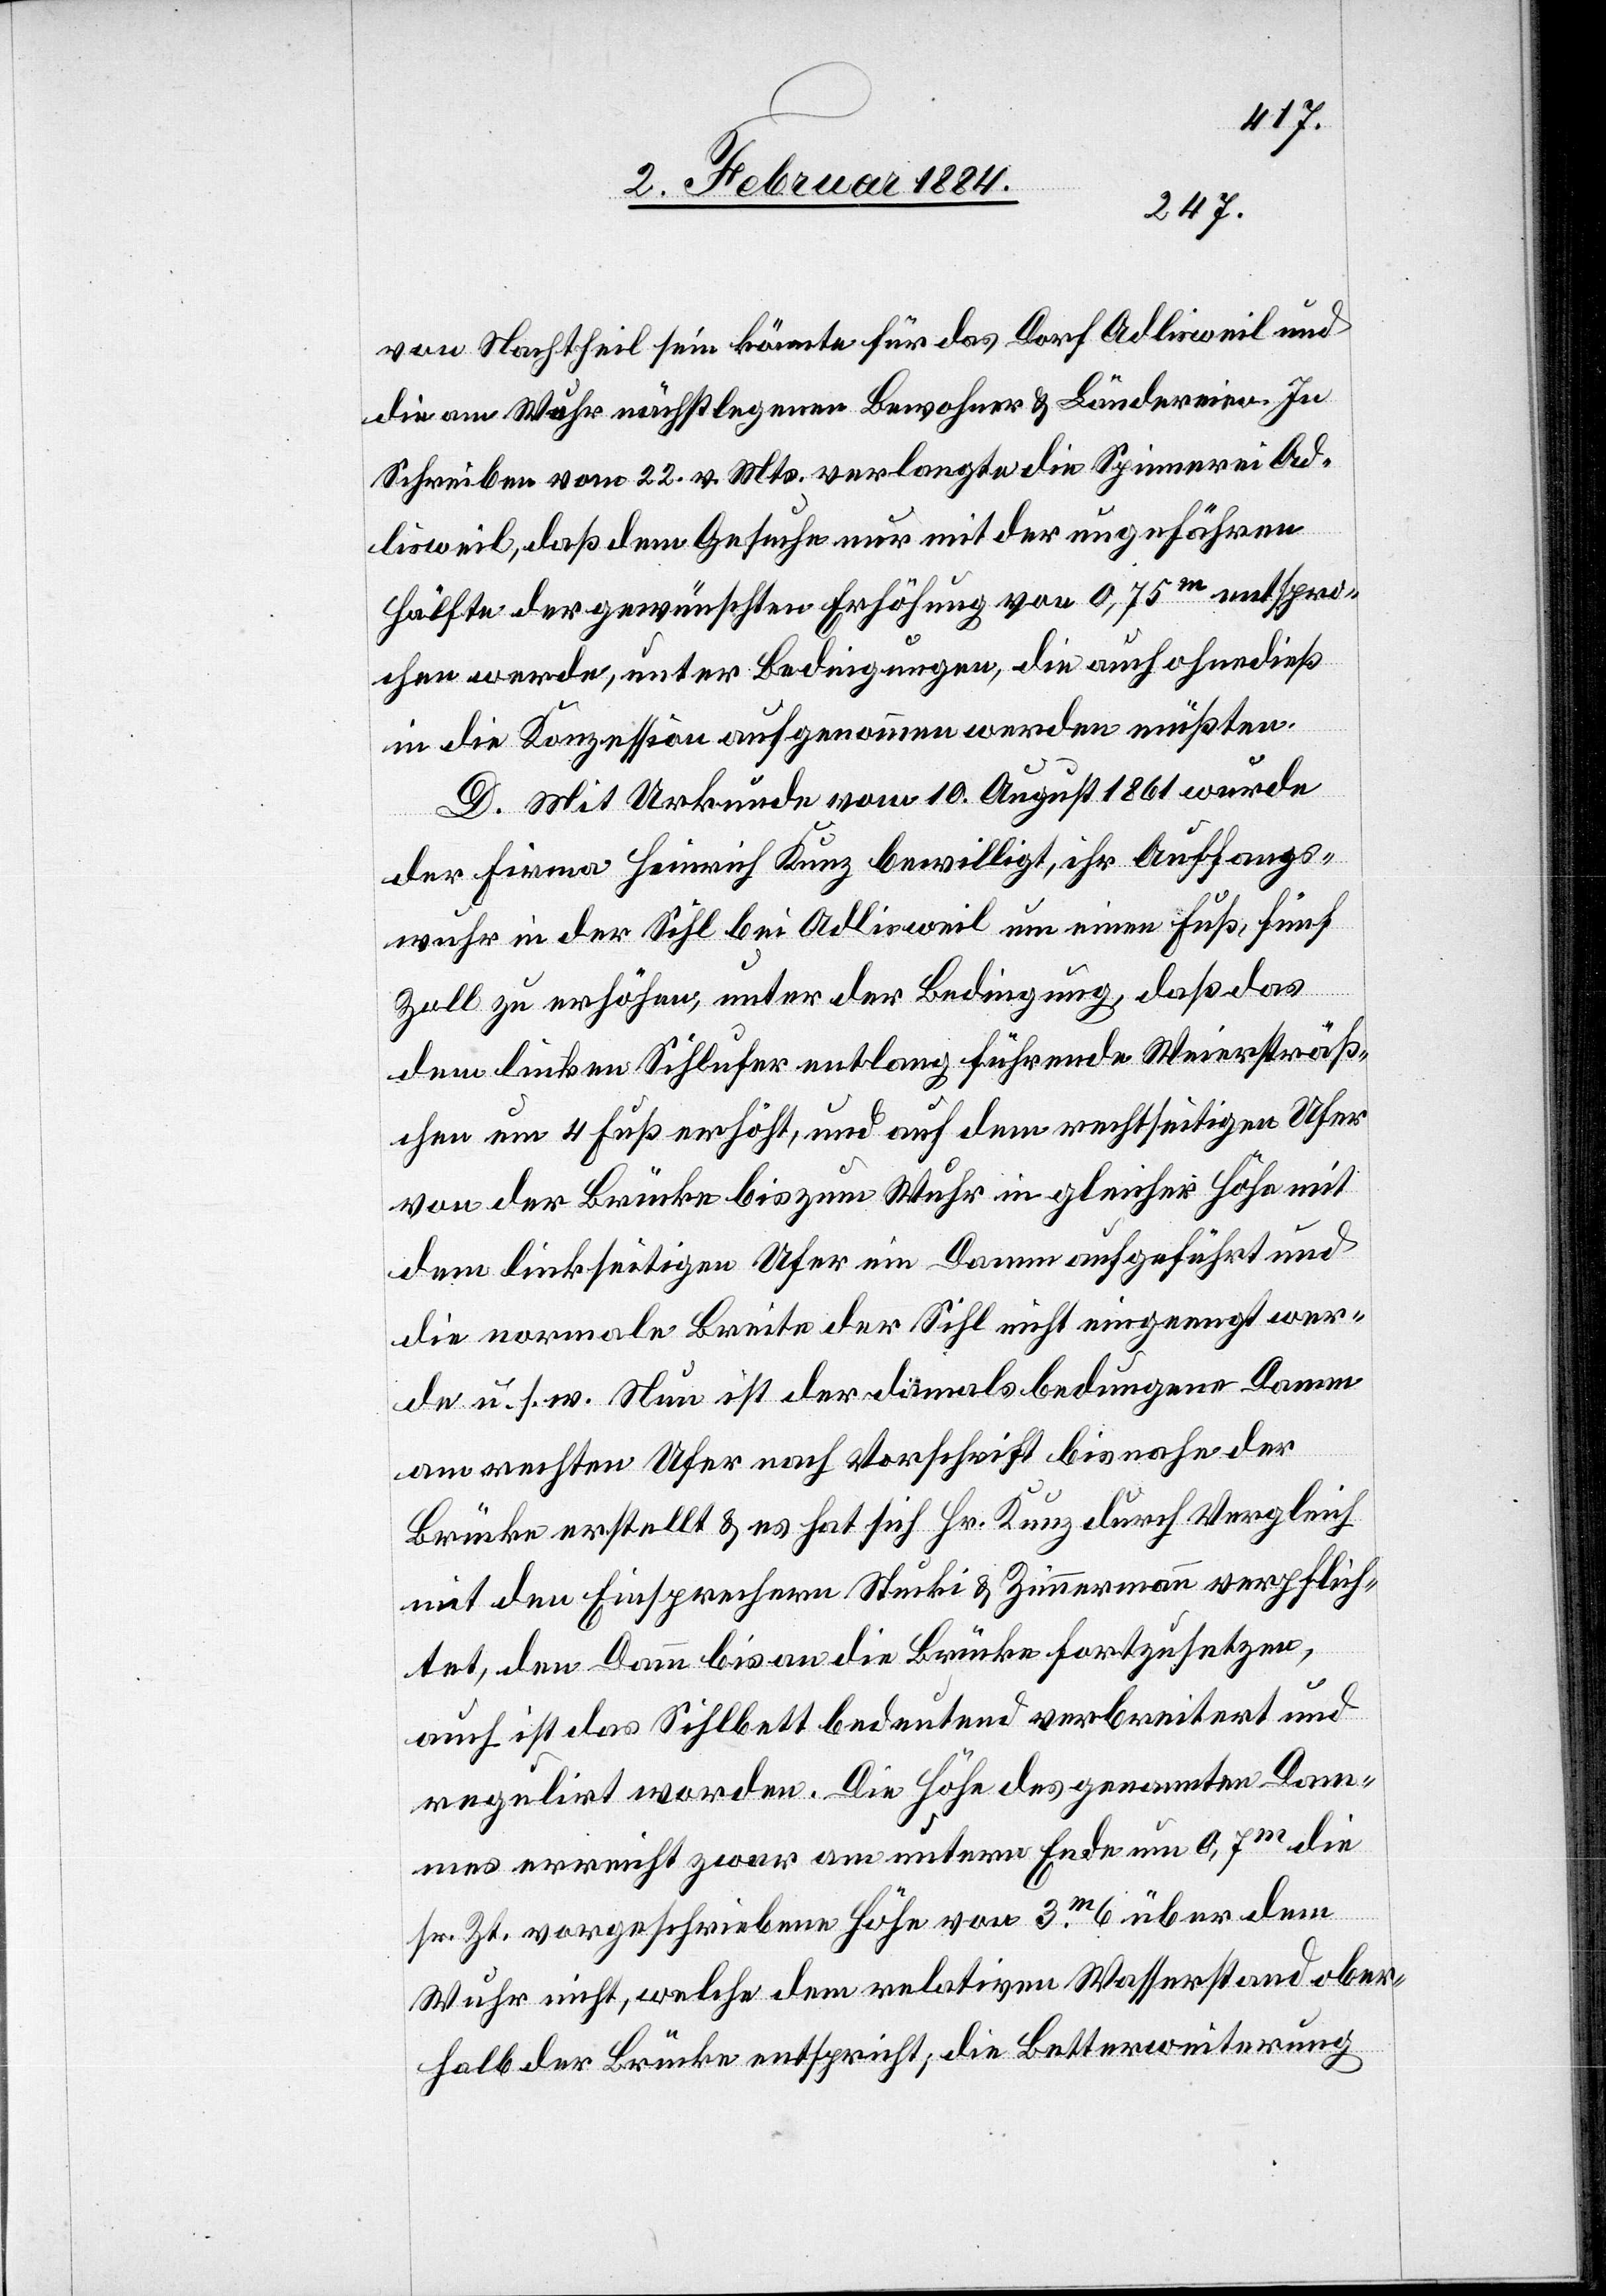
von Nachtheil sein könnte für das Dorf Adlisweil und
die am Wuhr nächst[ge]legenen Bewohner & Ländereien. In
Schreiben vom 22. v. Mts. verlangte die Spinnerei Ad¬
lisweil, daß dem Gesuche nur mit der ungefähren
Hälfte der gewünschten Erhöhung von 0,75m entspro¬
chen werde, unter Bedingungen, die auch ohne dieß
in die Konzession aufgenommen werden müßten.
D. Mit Urkunde vom 10. August 1861 wurde
der Firma Heinrich Kunz bewilligt, ihr Auffangs¬
wuhr in der Sihl bei Adlisweil um einen Fuß, fünf
Zoll zu erhöhen, unter der Bedingung, daß das
dem linken Sihlufer entlang führende Weiersträß¬
chen um 4 Fuß erhöht, und auf dem rechtseitigen Ufer
von der Brücke bis zum Wuhr in gleicher Höhe mit
dem linkseitigen Ufer ein Damm aufgeführt und
die normale Breite der Sihl nicht eingeengt wer¬
de u. s. w. Nun ist der damals bedungene Damm
am rechten Ufer nach Vorschrift bis nahe der
Brücke erstellt & es hat sich Hr. Kunz durch Vergleich
mit den Einsprechern Stucki & Zimmermann verpflich¬
tet, den Damm bis an die Brücke fortsetzen,
auch ist das Sihlbett bedeutend verbreitet und
regulirt worden. Die Höhe des genannten Dam¬
mes erreicht zwar am unterm Ende um 0,7m die
sr. Zt. vorgeschriebene Höhe von 3m 6 über dem
Wuhr nicht, welche dem relativen Wasserstand ober¬
halb der Brücke entspricht, die Betterweiterung